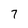
Character: 7